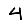
Digit: 4